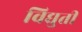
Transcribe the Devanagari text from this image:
विद्युती